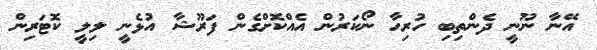
އޭނާ ނޫނީ ދެންތިބި ހުރިހާ ނޯކަރުން އެއްކޮށްގެން ފަރޫޝާ އުޅެނީ ލިލީ ކޮޓަރިން